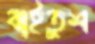
বাইতুশ